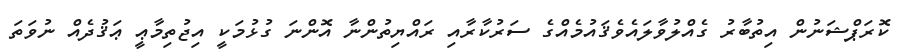
ކޮރަޕްޝަނުން އިތުބާރު ގެއްލުވާލައެވެޤައުމެއްގެ ސަރުކާރާއި ރައްޔިތުންނާ އޮންނަ ގުޅުމަކީ އިޖުތިމާޢީ ޢަޤުދެއް ނުވަތަ